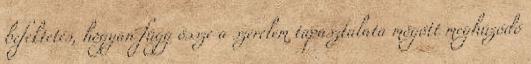
befektetés, hogyan függ össze a szerelem tapasztalata mögött meghúzódó